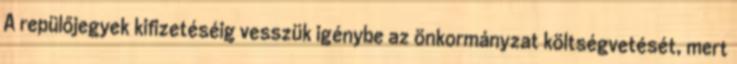
A repülőjegyek kifizetéséig vesszük igénybe az önkormányzat költségvetését, mert